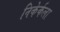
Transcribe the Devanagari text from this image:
निकेर्कला